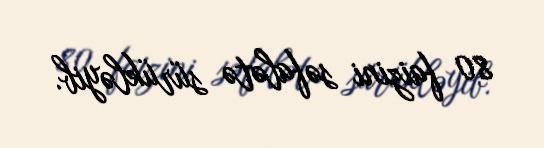
80 faizini səfalətə sürükləyib.